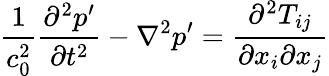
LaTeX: \frac{1}{c_{0}^{2}}\frac{\partial^{2}p^{\prime}}{\partial t^{2}}-\nabla^{2}p^{\prime}=\frac{\partial^{2}T_{ij}}{\partial x_{i}\partial x_{j}}